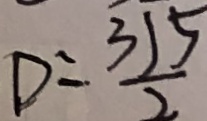
D = \frac { 3 1 5 } { 2 }